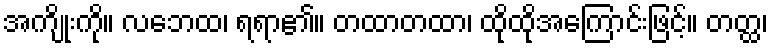
အကျိုးကို။ လဘေထ၊ ရရာ၏။ တထာတထာ၊ ထိုထိုအကြောင်းဖြင့်။ တတ္ထ၊